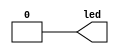
module LED(led);
	output led;
	
	assign led=4'b1010;
	


endmodule